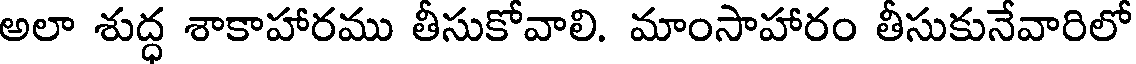
అలా శుద్ధ శాకాహారము తీసుకోవాలి. మాంసాహారం తీసుకునేవారిలో